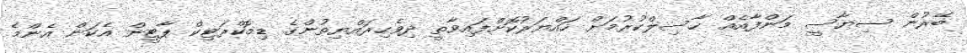
ބޭރުން ސިޔާސީ މަންފާއެއް ޙާސިލްކުރުމަށް ހައްޔަރުކޮށްފައިވާތީ ދިވެހިރައްޔިތުންގެ ޑިމޮކްރަޓިކް ޕާޓީން އެކަން އެންމެ